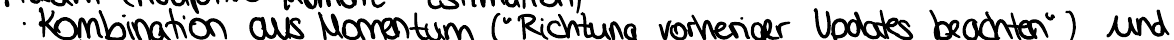
Kombination aus Momentum ("Richtung vorheriger Updates beachten") und